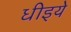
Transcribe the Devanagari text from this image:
धीइये